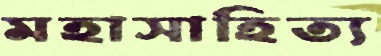
মহাসাহিত্য